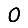
Digit: 0